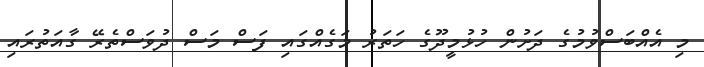
މި އެއްބަސްވުމުގެ ދަށުން ހުޅުމީދޫގެ ހަތަރު މަގެއްގައި ފަސް މަސް ދުވަސްތެރޭ ގާއަތުރައި